King Institute of Preventive Medicine Micro-Biological Section reports 1909-11
Year: 1909
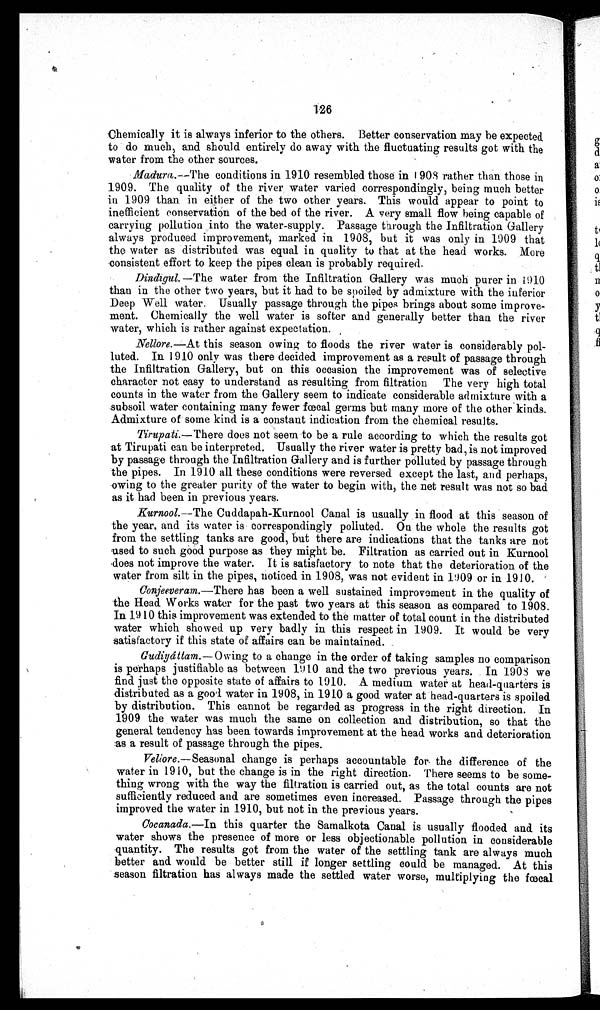
126
Chemically it is always inferior to the others. Better conservation may be expected
to do much, and should entirely do away with the fluctuating results got with the
water from the other sources.
Madura .—The conditions in 1910 resembled those in 1908 rather than those in
1909. The quality of the river water varied correspondingly, being much better
in 1909 than in either of the two other years. This would appear to point to
inefficient conservation of the bed of the river. A very small flow being capable of
carrying pollution into the water-supply. Passage through the Infiltration Gallery
always produced improvement, marked in 1908, but it was only in 1909 that
the water as distributed was equal in quality to that at the head works. More
consistent effort to keep the pipes clean is probably required.
Dindiqul. —The water from the Infiltration Gallery was much purer in 1910
than in the other two years, but it had to be spoiled by admixture with the inferior
Deep Well water. Usually passage through the pipes brings about some improve
-
ment. Chemically the well water is softer and generally better than the river
water, which is rather against expectation.
Nellore .—At this season owing to floods the river water is considerably pol
-luted. In 1910 only was there decided improvement as a result of passage through
the Infiltration Gallery, but on this occasion the improvement was of selective
character not easy to understand as resulting from filtration The very high total
counts in the water from the Gallery seem to indicate considerable admixture with a
subsoil water containing many fewer fœcal germs but many more of the other kinds.
Admixture of some kind is a constant indication from the chemical results.
Tirupati.—There does not seem to be a rule according to which the results got
at Tirupati can be interpreted. Usually the river water is pretty bad, is not improved
by passage through the Infiltration Gallery and is further polluted by passage through
the pipes. In 1910 all these conditions were reversed except the last, and perhaps,
owing to the greater purity of the water to begin with, the net result was not so bad
as it had been in previous years.
Kurnool. —The Cuddapah-Kurnool Canal is usually in flood at this season of
the year, and its water is correspondingly polluted. On the whole the results got
from the settling tanks are good, but there are indications that the tanks are not
used to such good purpose as they might be. Filtration as carried out in Kurnool
does not improve the water. It is satisfactory to note that the deterioration of the
water from silt in the pipes, noticed in 1908, was not evident in 1909 or in 1910.
Conjeeveram.— There has been a well sustained improvement in the quality of
the Head Works water for the past two years at this season as compared to 1908.
In. 1910 this improvement was extended to the matter of total count in the distributed
water which showed up very badly in this respect in 1909. It would be very
satisfactory if this state of affairs can be maintained.
Gudiyáttam.— Owing to a change in the order of taking samples no comparison
is perhaps justifiable as between 1910 and the two previous years. In 1908 we
find just the opposite state of affairs to 1910. A medium water at head-quarters is
distributed as a good water in 1908, in 1910 a good water at head-quarters is spoiled
by distribution. This cannot be regarded as progress in the right direction. In
1909 the water was much the same on collection and distribution, so that the
general tendency has been towards improvement at the head works and deterioration
as a result of passage through the pipes.
Vellore . — Seasonal change is perhaps accountable for the difference of the
water in 1910, but the change is in the right direction. There seems to be some
-
thing wrong with the way the filtration is carried out, as the total counts are not
sufficiently reduced and are sometimes even increased. Passage through the pipes
improved the water in 1910, but not in the previous years.
Cocanada .—In this quarter the Samalkota Canal is usually flooded and its
water shows the presence of more or less objectionable pollution in considerable
quantity. The results got from the water of the settling tank are always much
better and would be better still if longer settling could be managed. At this
season filtration has always made the settled water worse, multiplying the fœcal